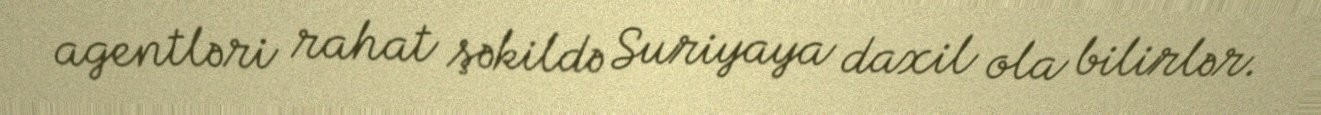
agentləri rahat şəkildə Suriyaya daxil ola bilirlər.